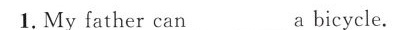
1.My father can___a bicycle.